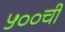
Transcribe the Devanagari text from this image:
५००ची